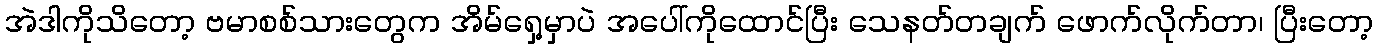
အဲဒါကိုသိတော့ ဗမာစစ်သားတွေက အိမ်ရှေ့မှာပဲ အပေါ်ကိုထောင်ပြီး သေနတ်တချက် ဖောက်လိုက်တာ၊ ပြီးတော့